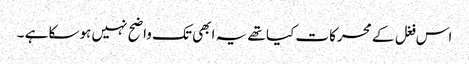
اس فغل کے محرکات کیا تھے یہ ابھی تک واضح نہیں ہوسکا ہے ۔